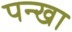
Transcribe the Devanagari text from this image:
पन्खा